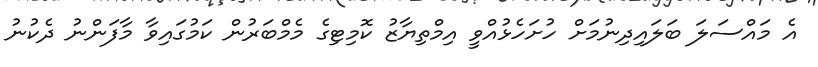
އެ މައްސަލަ ބަލައިދިނުމަށް ހުށަހެޅުއްވީ އިމްތިޔާޒު ކޮމިޓިގެ މެމްބަރުން ކަމުގައިވާ މާފަންނު ދެކުނު